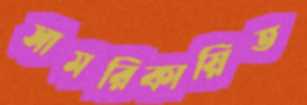
সামরিকায়িত